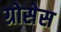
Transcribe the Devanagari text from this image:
ग्रोसेस